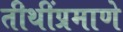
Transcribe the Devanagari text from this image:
तीथींप्रमाणे